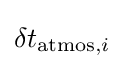
\displaystyle \delta t_{{\text{atmos}},i}